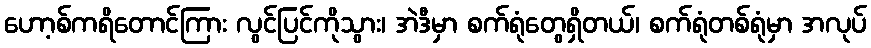
ဟော့စ်ကရိတောင်ကြား လွင်ပြင်ကိုသွား၊ အဲဒီမှာ စက်ရုံတွေရှိတယ်၊ စက်ရုံတစ်ရုံမှာ အလုပ်